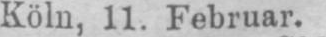
Köln, 11. Februar.